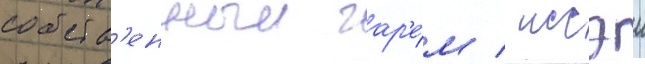
собств'енныи гар'е́м / иссэи